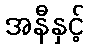
အနီနှင့်